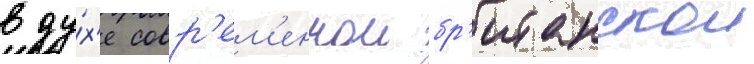
в ду́х'е совр'ем'еннои бр'итанскои